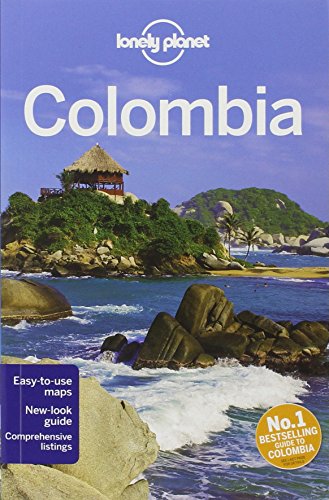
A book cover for Lonely Planet Colombia (Travel Guide); Kevin Raub; Cookbooks, Food & Wine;